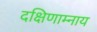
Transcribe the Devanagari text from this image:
दक्षिणाम्नाय